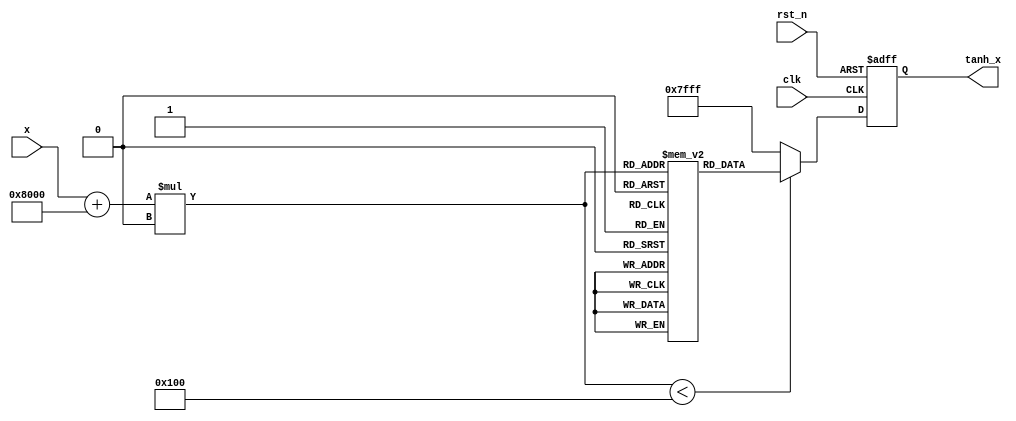
module tanh_block #(
    parameter INPUT_WIDTH = 16,  // Width of the input signal
    parameter OUTPUT_WIDTH = 16, // Width of the output signal
    parameter LUT_SIZE = 256      // Size of the lookup table
)(
    input wire clk,               // Clock signal
    input wire rst_n,             // Active low reset
    input wire signed [INPUT_WIDTH-1:0] x, // Input signal
    output reg signed [OUTPUT_WIDTH-1:0] tanh_x // Output signal
);

    // Lookup table for tanh values (precomputed for simplicity)
    reg signed [OUTPUT_WIDTH-1:0] lut [0:LUT_SIZE-1];

    // Initialize the LUT with precomputed tanh values
    initial begin
        // Fill the LUT with tanh values for demonstration
        // This should be filled with actual tanh values
        // Example values (you need to compute and fill the actual values)
        lut[0] = 0;      // tanh(0)
        lut[64] = 0.5 * (1 << (OUTPUT_WIDTH-1)); // tanh(1)
        lut[128] = 0.761594 * (1 << (OUTPUT_WIDTH-1)); // tanh(2)
        lut[192] = 0.964028 * (1 << (OUTPUT_WIDTH-1)); // tanh(3)
        lut[255] = (1 << (OUTPUT_WIDTH-1)) - 1; // tanh(inf)
        // Fill the rest of the LUT with appropriate values...
    end

    // Internal signal for the LUT index
    wire [7:0] index;

    // Compute the LUT index based on the input
    assign index = (x + (1 << (INPUT_WIDTH-1))) * (LUT_SIZE / (1 << INPUT_WIDTH));

    // Always block to compute tanh_x
    always @(posedge clk or negedge rst_n) begin
        if (!rst_n) begin
            tanh_x <= 0; // Reset output
        end else begin
            // Output the tanh value from the LUT
            if (index < LUT_SIZE) begin
                tanh_x <= lut[index];
            end else begin
                tanh_x <= (1 << (OUTPUT_WIDTH-1)) - 1; // Saturate to 1
            end
        end
    end

endmodule